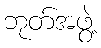
ဘုတ်အဖွဲ့